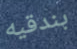
بندقيه